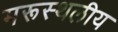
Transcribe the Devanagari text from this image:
मरूस्‍थलीय